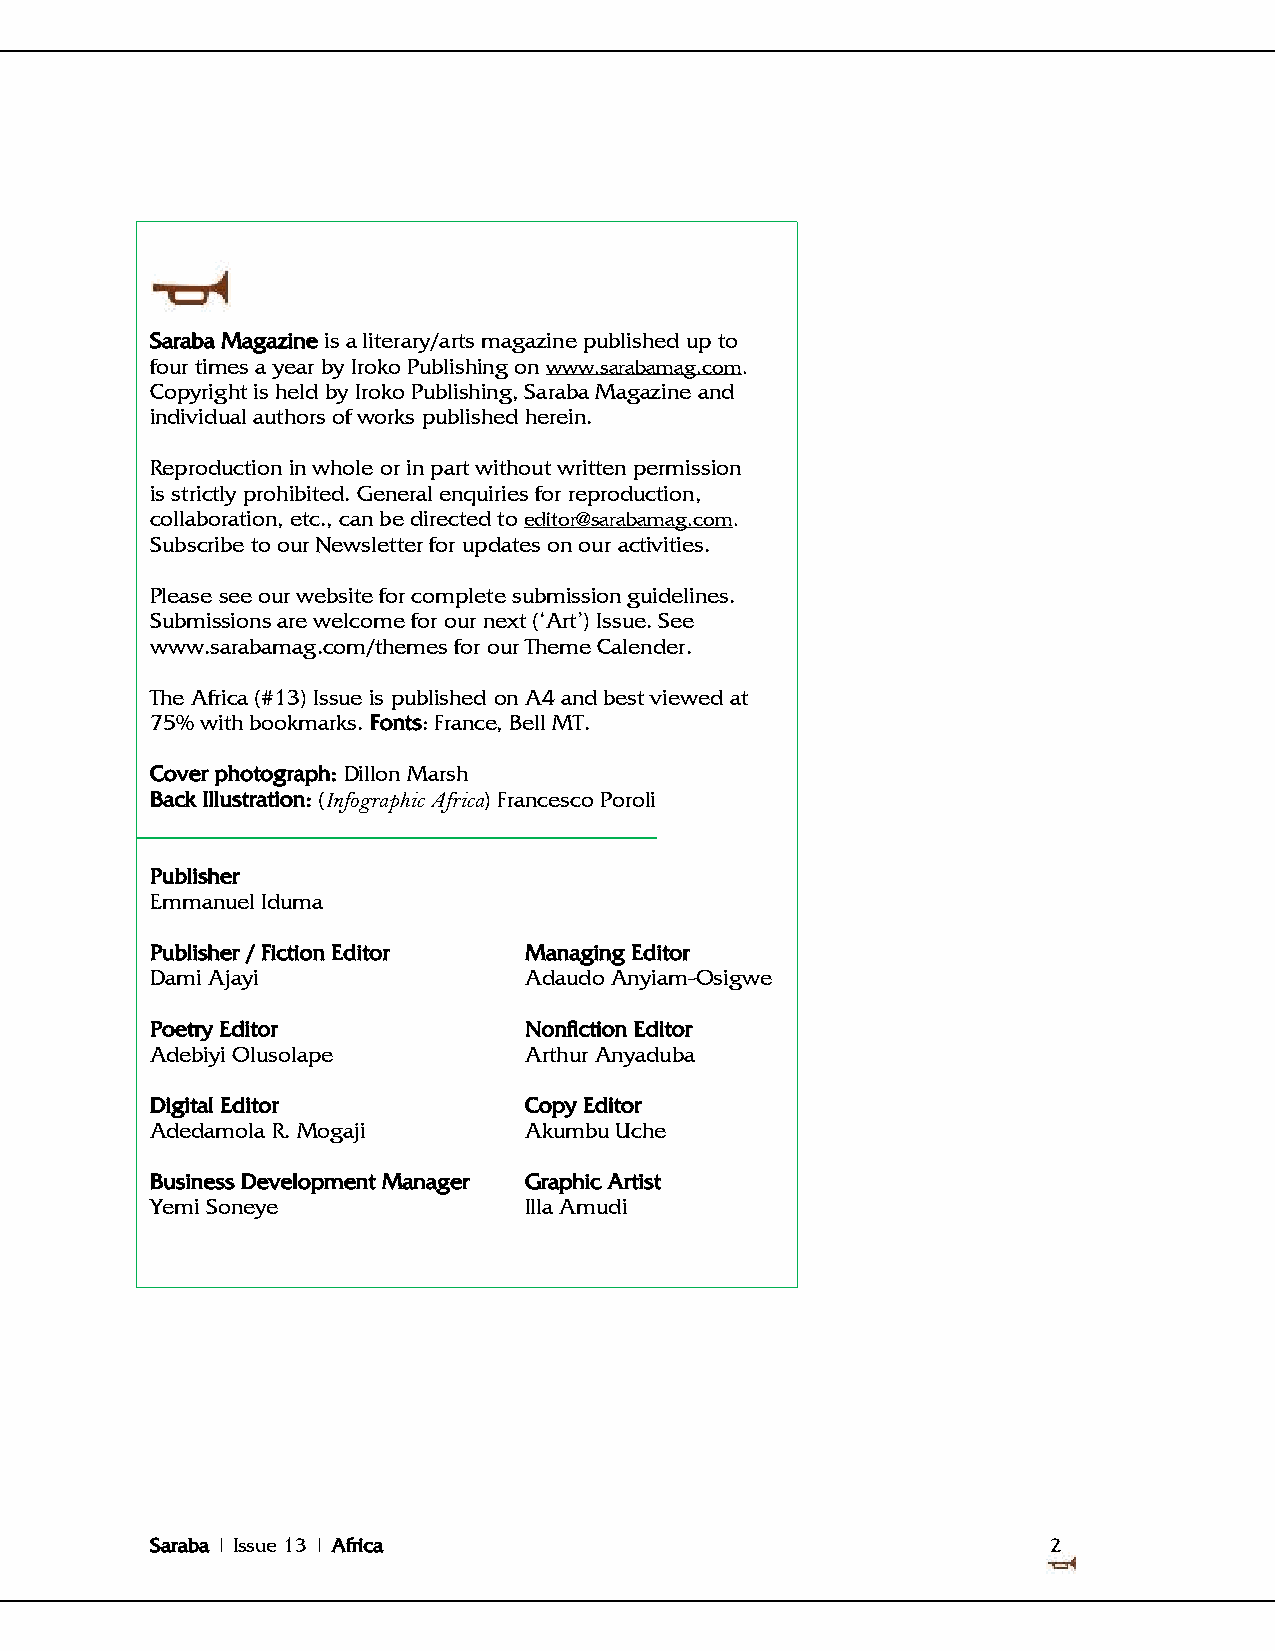
Saraba Magazine is a literary/arts magazine published up to
 four times a year by Iroko Publishing on www.sarabamag.com.
 Copyright is held by Iroko Publishing, Saraba Magazine and
 individual authors of works published herein.
 Reproduction in whole or in part without written permission
 is strictly prohibited. General enquiries for reproduction,
 collaboration, etc., can be directed to editor@sarabamag.com.
 Subscribe to our Newsletter for updates on our activities.
 Please see our website for complete submission guidelines.
 Submissions are welcome for our next (‗Art‘) Issue. See
 www.sarabamag.com/themes for our Theme Calender.
 The Africa (#13) Issue is published on A4 and best viewed at
 75% with bookmarks. Fonts: France, Bell MT.
 Cover photograph: Dillon Marsh
 Back Illustration: (Infographic Africa) Francesco Poroli
 Publisher
 Emmanuel Iduma
 Publisher / Fiction Editor Managing Editor
 Dami Ajayi               Adaudo Anyiam-Osigwe
 Poetry Editor            Nonfiction Editor
 Adebiyi Olusolape        Arthur Anyaduba
 Digital Editor           Copy Editor
 Adedamola R. Mogaji      Akumbu Uche
 Business Development Manager Graphic Artist
 Yemi Soneye              Illa Amudi
 Saraba | Issue 13 | Africa                                  2